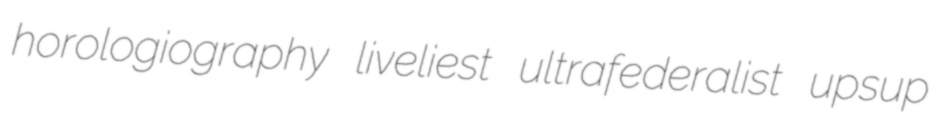
horologiography liveliest ultrafederalist upsup